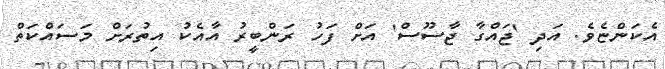
އެކަންޏެވެ. އަދި 'ޖައްގާ ޖާސޫސް' އަށް ފަހު ރަންބީރު އާއެކު އިތުރަށް މަސައްކަތް